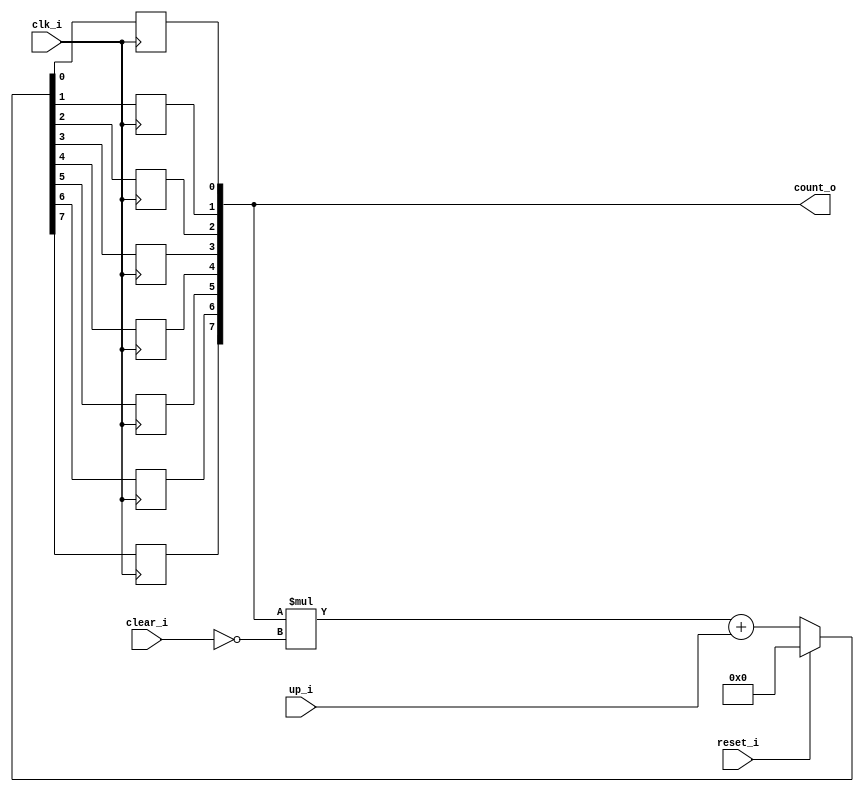
// This program was cloned from: https://github.com/NYU-MLDA/OpenABC
// License: BSD 3-Clause "New" or "Revised" License

module bsg_counter_clear_up_max_val_p128_init_val_p0
(
  clk_i,
  reset_i,
  clear_i,
  up_i,
  count_o
);

  output [7:0] count_o;
  input clk_i;
  input reset_i;
  input clear_i;
  input up_i;
  wire N0,N1,N2,N3,N4,N5,N6,N7,N8,N9,N10,N11,N12,N13,N14,N15,N16,N17,N18,N19,N20,N21,
  N22,N23,N24,N25,N26,N27,N28,N29;
  reg [7:0] count_o;

  always @(posedge clk_i) begin
    if(1'b1) begin
      count_o[7] <= N21;
    end 
  end


  always @(posedge clk_i) begin
    if(1'b1) begin
      count_o[6] <= N20;
    end 
  end


  always @(posedge clk_i) begin
    if(1'b1) begin
      count_o[5] <= N19;
    end 
  end


  always @(posedge clk_i) begin
    if(1'b1) begin
      count_o[4] <= N18;
    end 
  end


  always @(posedge clk_i) begin
    if(1'b1) begin
      count_o[3] <= N17;
    end 
  end


  always @(posedge clk_i) begin
    if(1'b1) begin
      count_o[2] <= N16;
    end 
  end


  always @(posedge clk_i) begin
    if(1'b1) begin
      count_o[1] <= N15;
    end 
  end


  always @(posedge clk_i) begin
    if(1'b1) begin
      count_o[0] <= N14;
    end 
  end

  assign { N13, N12, N11, N10, N9, N8, N7, N6 } = { N29, N28, N27, N26, N25, N24, N23, N22 } + up_i;
  assign { N21, N20, N19, N18, N17, N16, N15, N14 } = (N0)? { 1'b0, 1'b0, 1'b0, 1'b0, 1'b0, 1'b0, 1'b0, 1'b0 } : 
                                                      (N1)? { N13, N12, N11, N10, N9, N8, N7, N6 } : 1'b0;
  assign N0 = reset_i;
  assign N1 = N2;
  assign { N29, N28, N27, N26, N25, N24, N23, N22 } = count_o * N4;
  assign N2 = ~reset_i;
  assign N3 = N2;
  assign N4 = ~clear_i;
  assign N5 = N3 & N4;

endmodule